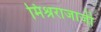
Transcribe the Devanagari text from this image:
मिश्रराजाजी